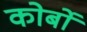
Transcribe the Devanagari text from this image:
कोर्बो